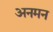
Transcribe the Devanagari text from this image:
अनमन